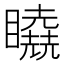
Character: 𰦉